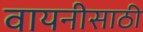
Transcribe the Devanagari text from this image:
वायनीसाठी